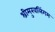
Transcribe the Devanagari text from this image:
श्रीमुखलिंगम